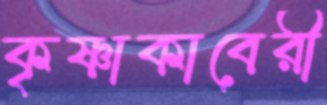
কৃষ্ণাকাবেরী